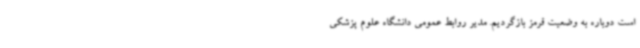
است دوباره به وضعیت قرمز بازگردیم. مدیر روابط عمومی دانشگاه علوم پزشکی